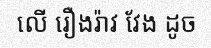
លើ រឿងរ៉ាវ វែង ដូច